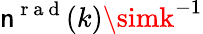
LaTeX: \mathsf{n}^{\mathrm{{~r~a~d~}}}(k)\simk^{-1}